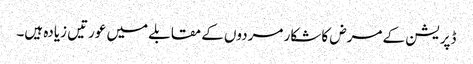
ڈپریشن کے مرض کا شکار مردوں کے مقابلے میں عورتیں زیادہ ہیں۔